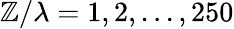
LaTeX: \mathbb{Z}/\lambda=1,2,...,250